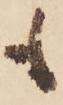
も